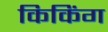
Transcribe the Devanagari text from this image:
किकिंग